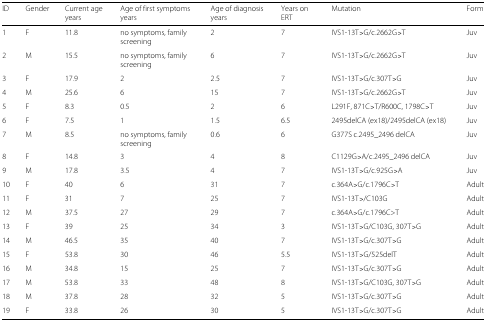
| ID | Gender | Current age years | Age of first symptoms years | Age of diagnosis years | Years on ERT | Mutation | Form |
 | --- | --- | --- | --- | --- | --- | --- | --- |
 | 1 | F | 11.8 | no symptoms, family screening | 2 | 7 | IVS1-13T>G/c.2662G>T | Juv |
 | 2 | M | 15.5 | no symptoms, family screening | 6 | 7 | IVS1-13T>G/c.2662G>T | Juv |
 | 3 | F | 17.9 | 2 | 2.5 | 7 | IVS1-13T>G/c.307T>G | Juv |
 | 4 | M | 25.6 | 6 | 15 | 7 | IVS1-13T>G/c.2662G>T | Juv |
 | 5 | F | 8.3 | 0.5 | 2 | 6 | L291F, 871C>T/R600C, 1798C>T | Juv |
 | 6 | F | 7.5 | 1 | 1.5 | 6.5 | 2495delCA (ex18)/2495delCA (ex18) | Juv |
 | 7 | M | 8.5 | no symptoms, family screening | 0.6 | 6 | G377S c.2495_2496 delCA | Juv |
 | 8 | F | 14.8 | 3 | 4 | 8 | C1129G>A/c.2495_2496 delCA | Juv |
 | 9 | M | 17.8 | 3.5 | 4 | 7 | IVS1-13T>G/c.925G>A | Juv |
 | 10 | F | 40 | 6 | 31 | 7 | c.364A>G/c.1796C>T | Adult |
 | 11 | F | 31 | 7 | 25 | 7 | IVS1-13T>/C103G | Adult |
 | 12 | M | 37.5 | 27 | 29 | 7 | c.364A>G/c.1796C>T | Adult |
 | 13 | F | 39 | 25 | 34 | 3 | IVS1-13T>G/C103G, 307T>G | Adult |
 | 14 | M | 46.5 | 35 | 40 | 7 | IVS1-13T>G/c.307T>G | Adult |
 | 15 | F | 53.8 | 30 | 46 | 5.5 | IVS1-13T>G/525delT | Adult |
 | 16 | M | 34.8 | 15 | 25 | 7 | IVS1-13T>G/c.307T>G | Adult |
 | 17 | M | 53.8 | 33 | 48 | 8 | IVS1-13T>G/C103G, 307T>G | Adult |
 | 18 | M | 37.8 | 28 | 32 | 5 | IVS1-13T>G/c.307T>G | Adult |
 | 19 | F | 33.8 | 26 | 30 | 5 | IVS1-13T>G/c.307T>G | Adult |